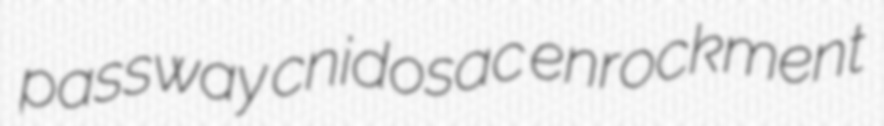
passway cnidosac enrockment